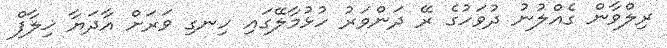
ރިލްވާން ގެއްލުނު ދުވަހުގެ ރޭ ދަންވަރު ހުޅުމާލޭގައި ހިނގި ވަރަށް އާދަޔާ ޚިލާފް